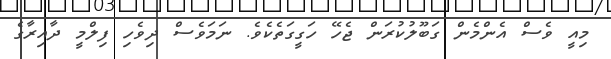
މިއީ ވެސް އެންމެން ގަބޫލުކުރަން ޖެހޭ ހަގީގަތެކެވެ. ނަމަވެސް ދިވެހި ފިލްމީ ދާއިރާގެ